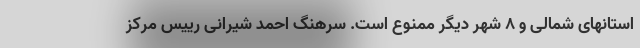
استانهای شمالی و ۸ شهر دیگر ممنوع است. سرهنگ احمد شیرانی رییس مرکز